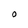
Character: O